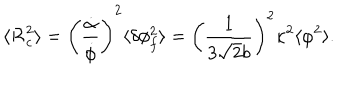
\langle { \cal R } _ { c } ^ { 2 } \rangle = \left( \frac { \dot { \alpha } } { \dot { \phi } } \right) ^ { 2 } \langle \delta \phi _ { f } ^ { 2 } \rangle = \left( \frac { 1 } { 3 \sqrt { 2 } b } \right) ^ { 2 } \kappa ^ { 2 } \langle \varphi ^ { 2 } \rangle .